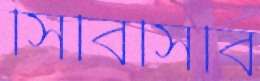
সিবিসিবি